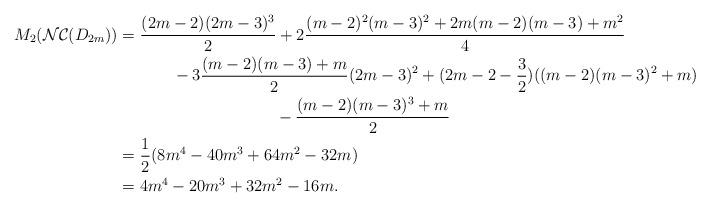
LaTeX: \begin{align*} M_{2}(\mathcal{NC}(D_{2m}))&=\dfrac{(2m-2)(2m-3)^{3}}{2}+2\dfrac{(m-2)^{2}(m-3)^{2}+2m(m-2)(m-3)+m^{2}}{4} \\ &~~~~~~~~~~-3 \dfrac{(m-2)(m-3)+m}{2}(2m-3)^{2}+(2m-2-\dfrac{3}{2})((m-2)(m-3)^{2}+m) \\ &~~~~~~~~~~~~~~~~~~~~~~~~~~~~~-\dfrac{(m-2)(m-3)^{3}+m}{2} \\ &= \dfrac{1}{2}(8m^{4}-40m^{3}+64m^{2}-32m) \\ &=4m^{4}-20m^{3}+32m^{2}-16m . \end{align*}